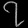
Digit: ၇